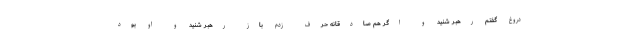
دروغ گفتم رهبر شنید و اگر هم صادقانه حرف زدم باز رهبر شنید و او بود